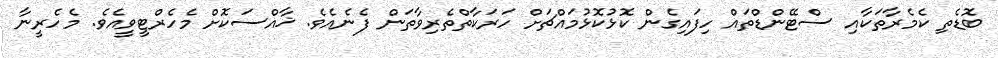
ބޮޑެތި ކެމެރާތަކާއި ސްޓޭންޑްތައް ހިފައިގެން ކޮޅުކޮޅުމައްޗަށް ހަރަކާތްތެރިވާތަން ފެނެއެވެ. ޚާއްސަކޮށް މެހެރްޓީވީއެވެ. މެހެރީނާ